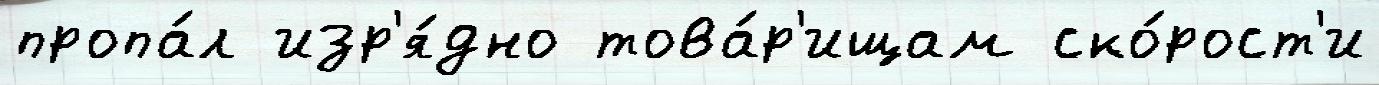
пропа́л изр'я́дно това́р'ищам ско́рост'и